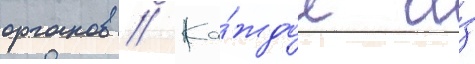
органов // Ка́ждое и́з